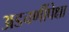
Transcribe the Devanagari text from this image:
अडचणींपेक्षा